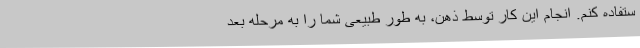
ستفاده کنم. انجام این کار توسط ذهن، به طور طبیعی شما را به مرحله بعد